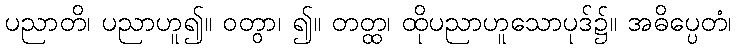
ပညာတိ၊ ပညာဟူ၍။ ဝတွာ၊ ၍။ တတ္ထ၊ ထိုပညာဟူသောပုဒ်၌။ အဓိပ္ပေတံ၊